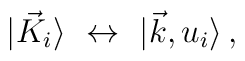
\vert {\vec K}_i  \rangle \,\,\leftrightarrow \,\,\vert \vec k  , u_i  \rangle\,,